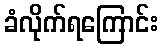
ခံလိုက်ရကြောင်း